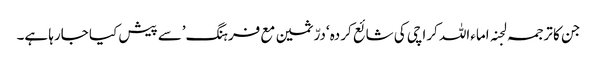
جن کا ترجمہ لجنہ اماءاللہ کراچی کی شائع کردہ ‘درّثمین مع فرہنگ’سے پیش کیا جارہا ہے۔